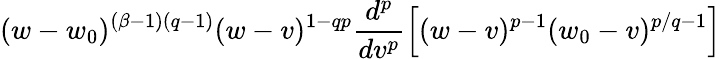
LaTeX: (w-w_{0})^{(\beta-1)(q-1)}(w-v)^{1-qp}\frac{d^{p}}{dv^{p}}\left[(w-v)^{p-1}(w_{0}-v)^{p/q-1}\right]